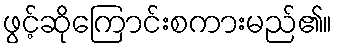
ဖွင့်ဆိုကြောင်းစကားမည်၏။